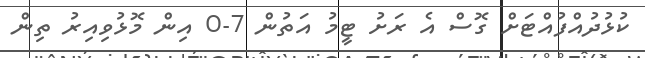
ކުޅުދުއްފުއްޓަށް ގޮސް އެ ރަށު ޓީމު އަތުން 7-0 އިން މޮޅުވިއިރު ތިން